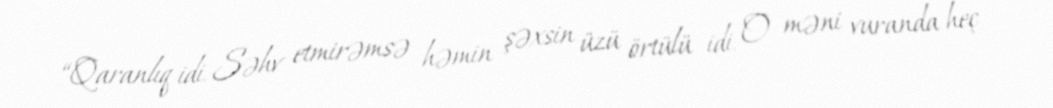
“Qaranlıq idi. Səhv etmirəmsə həmin şəxsin üzü örtülü idi. O məni vuranda heç